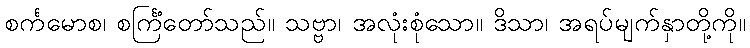
စင်္ကမောစ၊ စင်္ကြံတော်သည်။ သဗ္ဗာ၊ အလုံးစုံသော။ ဒိသာ၊ အရပ်မျက်နှာတို့ကို။